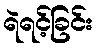
ရဲရင့်ခြင်း